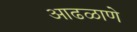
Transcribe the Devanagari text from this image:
आढळाणे